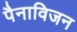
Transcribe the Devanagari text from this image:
पैनाविजन